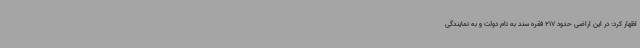
اظهار کرد: در این اراضی حدود 217 فقره سند به نام دولت و به نمایندگی